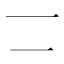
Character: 𠄟